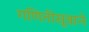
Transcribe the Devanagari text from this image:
गणितीसूत्राने